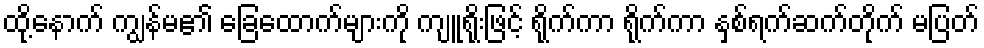
ထို့နောက် ကျွန်မ၏ ခြေထောက်များကို ကျူရိုးဖြင့် ရိုက်ကာ ရိုက်ကာ နှစ်ရက်ဆက်တိုက် မပြတ်